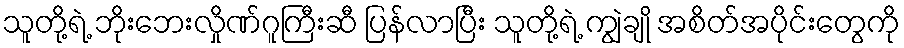
သူတို့ရဲ့ ဘိုးဘေးလှိုဏ်ဂူကြီးဆီ ပြန်လာပြီး သူတို့ရဲ့ ကျွဲချို အစိတ်အပိုင်းတွေကို